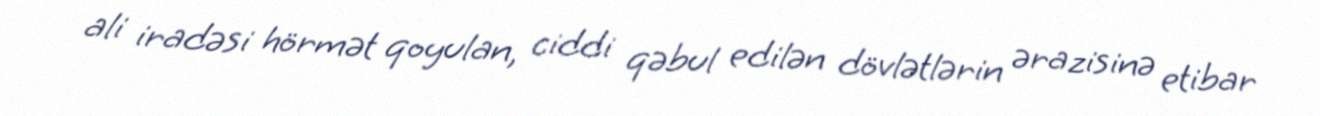
ali iradəsi hörmət qoyulan, ciddi qəbul edilən dövlətlərin ərazisinə etibar